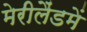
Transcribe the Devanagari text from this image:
मेरीलैंडमें